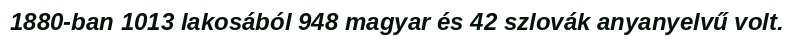
1880-ban 1013 lakosából 948 magyar és 42 szlovák anyanyelvű volt.